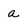
Character: a